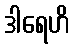
ဒါရေဟိ